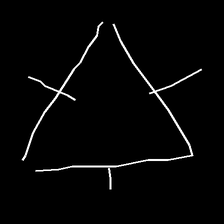
Glyph: fire